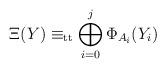
LaTeX: \begin{align*}\Xi(Y)\equiv_{\mathrm{tt}}\bigoplus_{i=0}^{j}\Phi_{A_i}(Y_i)\end{align*}